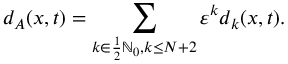
d _ { A } ( x , t ) = \sum _ { k \in \frac 1 2 \ensuremath { \mathbb { N } } _ { 0 } , k \leq N + 2 } \ensuremath { \varepsilon } ^ { k } d _ { k } ( x , t ) .